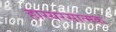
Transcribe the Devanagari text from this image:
हास्यरसात्मक